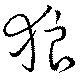
狼